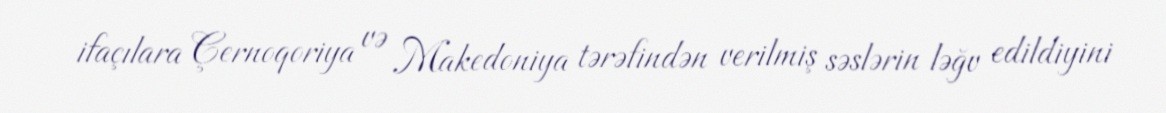
ifaçılara Çernoqoriya və Makedoniya tərəfindən verilmiş səslərin ləğv edildiyini